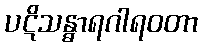
ပဋိသန္ဓာရဂါရဝတာ